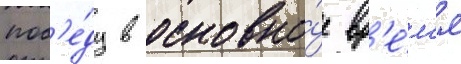
поб'е́ду в основно́е вр'е́м'я